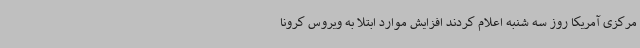
مرکزی آمریکا روز سه شنبه اعلام کردند افزایش موارد ابتلا به ویروس کرونا